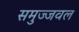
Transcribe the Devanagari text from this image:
समुज्जवल